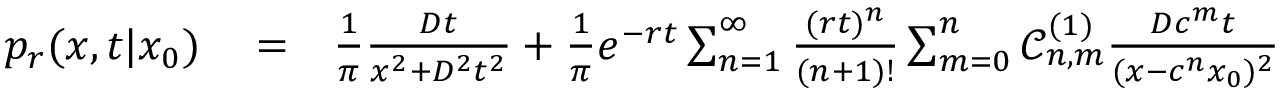
\begin{array} { r l r } { p _ { r } ( x , t | x _ { 0 } ) } & { { } = } & { \frac { 1 } { \pi } \frac { D t } { x ^ { 2 } + D ^ { 2 } t ^ { 2 } } + \frac { 1 } { \pi } e ^ { - r t } \sum _ { n = 1 } ^ { \infty } \frac { ( r t ) ^ { n } } { ( n + 1 ) ! } \sum _ { m = 0 } ^ { n } \mathcal { C } _ { n , m } ^ { ( 1 ) } \frac { D c ^ { m } t } { ( x - c ^ { n } x _ { 0 } ) ^ { 2 } } } \end{array}